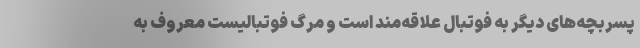
پسربچه‌های دیگر به فوتبال علاقه‌مند است و مرگ فوتبالیست معروف به‌